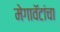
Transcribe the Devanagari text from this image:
मेगावॅटांचा